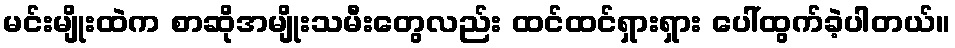
မင်းမျိုးထဲက စာဆိုအမျိုးသမီးတွေလည်း ထင်ထင်ရှားရှား ပေါ်ထွက်ခဲ့ပါတယ်။